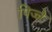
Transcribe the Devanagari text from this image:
पिज्जे